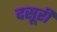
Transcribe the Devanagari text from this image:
दसूरी